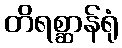
တိရစ္ဆာန်ရုံ